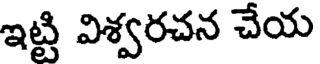
ఇట్టి విశ్వరచన చేయ